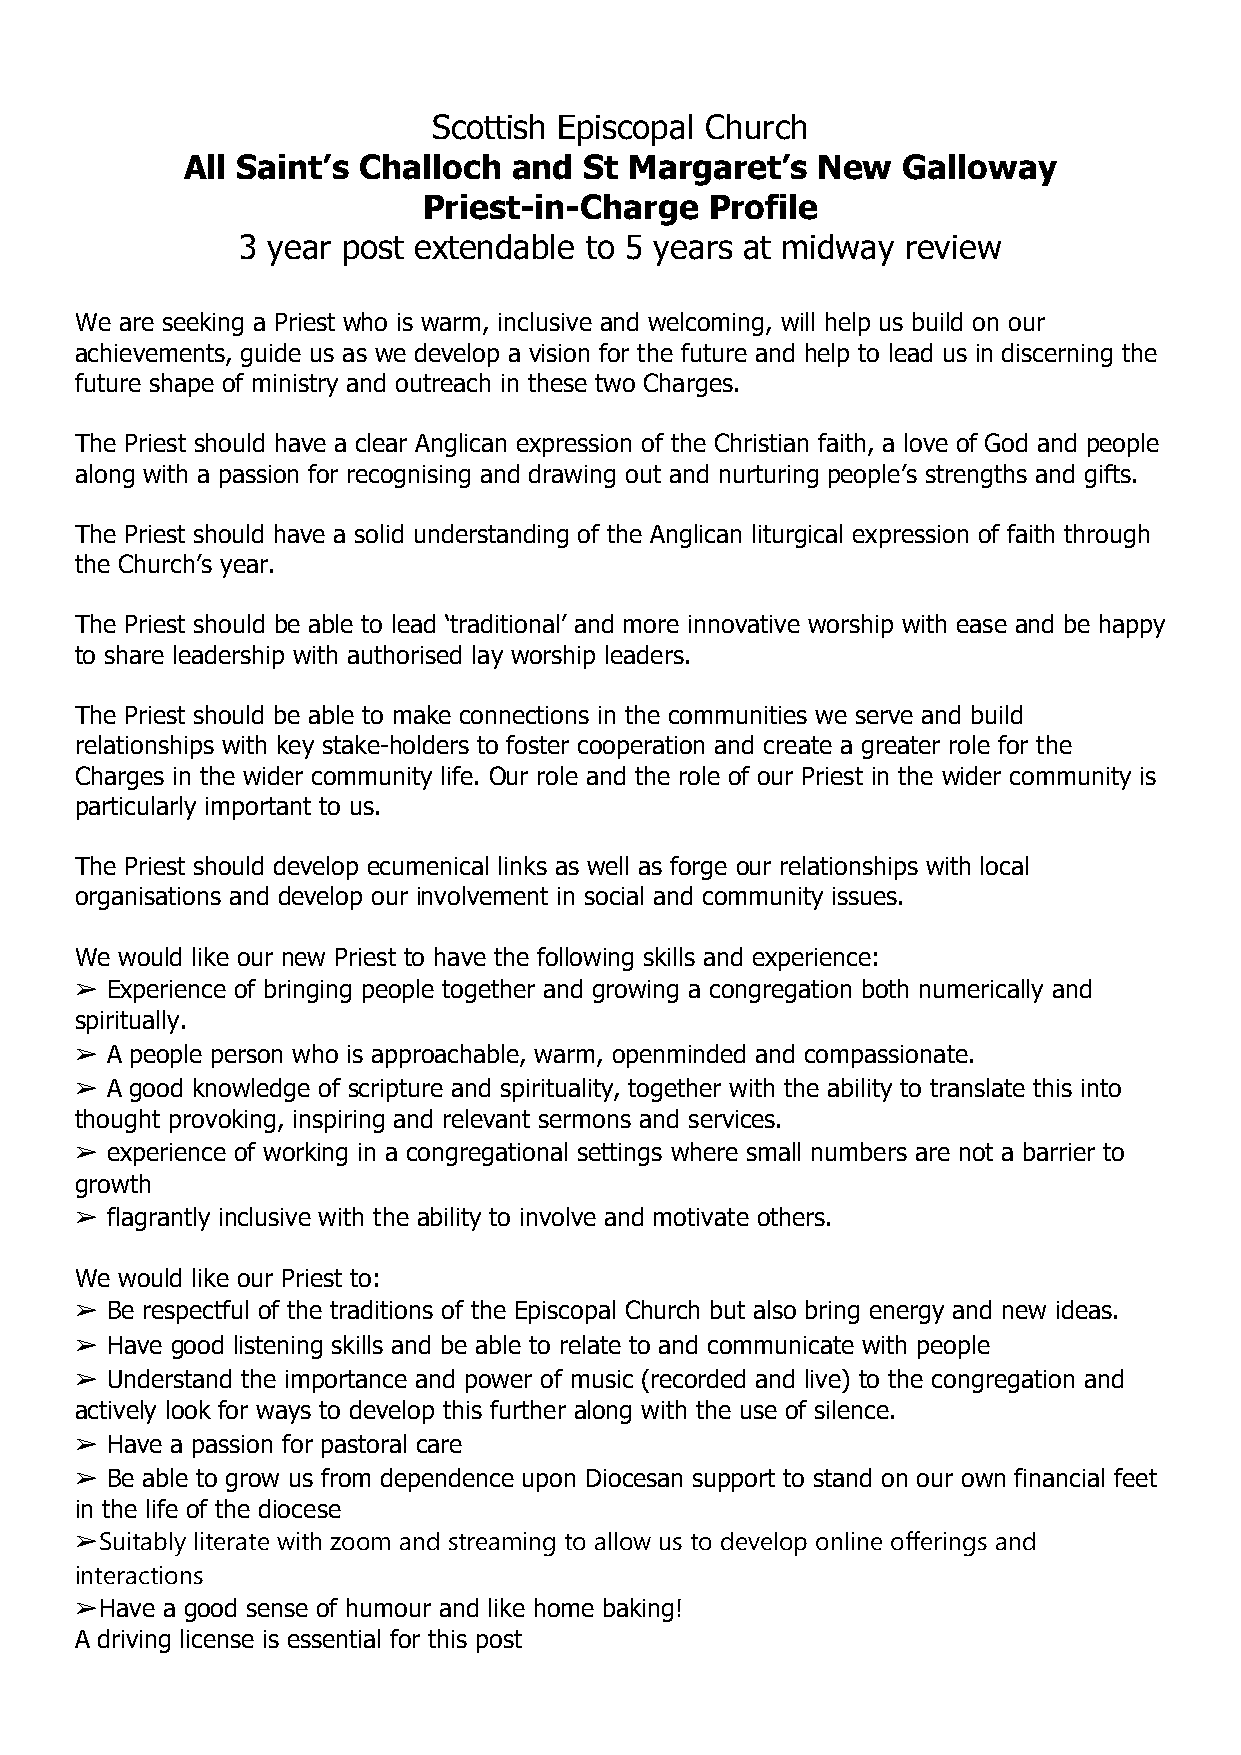
Scottish Episcopal Church
 All Saint’s Challoch  and  St Margaret’s  New   Galloway
 Priest-in-Charge   Profile
 3 year post extendable to 5 years at midway review
 We are seeking a Priest who is warm, inclusive and welcoming, will help us build on our
 achievements, guide us as we develop a vision for the future and help to lead us in discerning the
 future shape of ministry and outreach in these two Charges.
 The Priest should have a clear Anglican expression of the Christian faith, a love of God and people
 along with a passion for recognising and drawing out and nurturing people’s strengths and gifts.
 The Priest should have a solid understanding of the Anglican liturgical expression of faith through
 the Church’s year.
 The Priest should be able to lead ‘traditional’ and more innovative worship with ease and be happy
 to share leadership with authorised lay worship leaders.
 The Priest should be able to make connections in the communities we serve and build
 relationships with key stake-holders to foster cooperation and create a greater role for the
 Charges in the wider community life. Our role and the role of our Priest in the wider community is
 particularly important to us.
 The Priest should develop ecumenical links as well as forge our relationships with local
 organisations and develop our involvement in social and community issues.
 We would like our new Priest to have the following skills and experience:
 ➢ Experience of bringing people together and growing a congregation both numerically and
 spiritually.
 ➢ A people person who is approachable, warm, openminded and compassionate.
 ➢ A good knowledge of scripture and spirituality, together with the ability to translate this into
 thought provoking, inspiring and relevant sermons and services.
 ➢ experience of working in a congregational settings where small numbers are not a barrier to
 growth
 ➢ flagrantly inclusive with the ability to involve and motivate others.
 We would like our Priest to:
 ➢ Be respectful of the traditions of the Episcopal Church but also bring energy and new ideas.
 ➢ Have good listening skills and be able to relate to and communicate with people
 ➢ Understand the importance and power of music (recorded and live) to the congregation and
 actively look for ways to develop this further along with the use of silence.
 ➢ Have a passion for pastoral care
 ➢ Be able to grow us from dependence upon Diocesan support to stand on our own financial feet
 in the life of the diocese
 ➢Suitably literate with zoom and streaming to allow us to develop online offerings and
 interactions
 ➢Have a good sense of humour and like home baking!
 A driving license is essential for this post